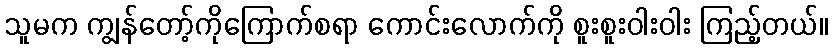
သူမက ကျွန်တော့်ကိုကြောက်စရာ ကောင်းလောက်ကို စူးစူးဝါးဝါး ကြည့်တယ်။